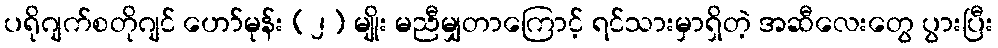
ပရိုဂျက်စတိုဂျင် ဟော်မုန်း (၂) မျိုး မညီမျှတာကြောင့် ရင်သားမှာရှိတဲ့ အဆီလေးတွေ ပွားပြီး